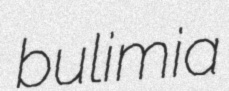
bulimia